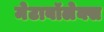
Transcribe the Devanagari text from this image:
मेटाबॉलेक्स